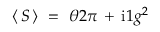
\langle \, S \, \rangle ~ = ~ { \o { \theta } { 2 \pi } } \, + \, \mathrm { i } { \o { 1 } { g ^ { 2 } } }